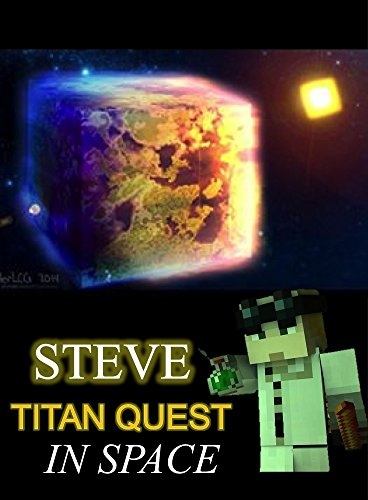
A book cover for Legend of Steve- Titan Quest In Space: The Unofficial Minecraft Novel (Minecraft Legendary Series Book 1); Ryan Johnson; Children's Books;